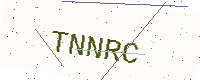
Text: TNNRC